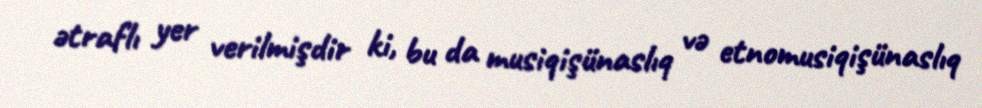
ətraflı yer verilmişdir ki, bu da musiqişünaslıq və etnomusiqişünaslıq